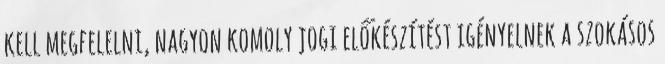
kell megfelelni, nagyon komoly jogi előkészítést igényelnek a szokásos